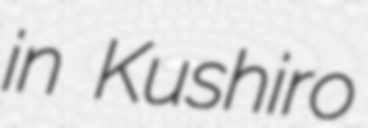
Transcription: in Kushiro